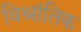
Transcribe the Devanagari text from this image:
विश्रांतिक